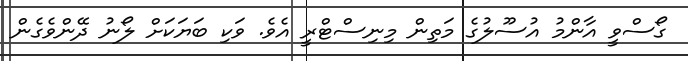
ގޯސްވީ އާންމު އުސޫލުގެ މަތިން މިނިސްޓްރީ އެވެ. ވަކި ބަޔަކަށް ލޯނު ދޭންވެގެން